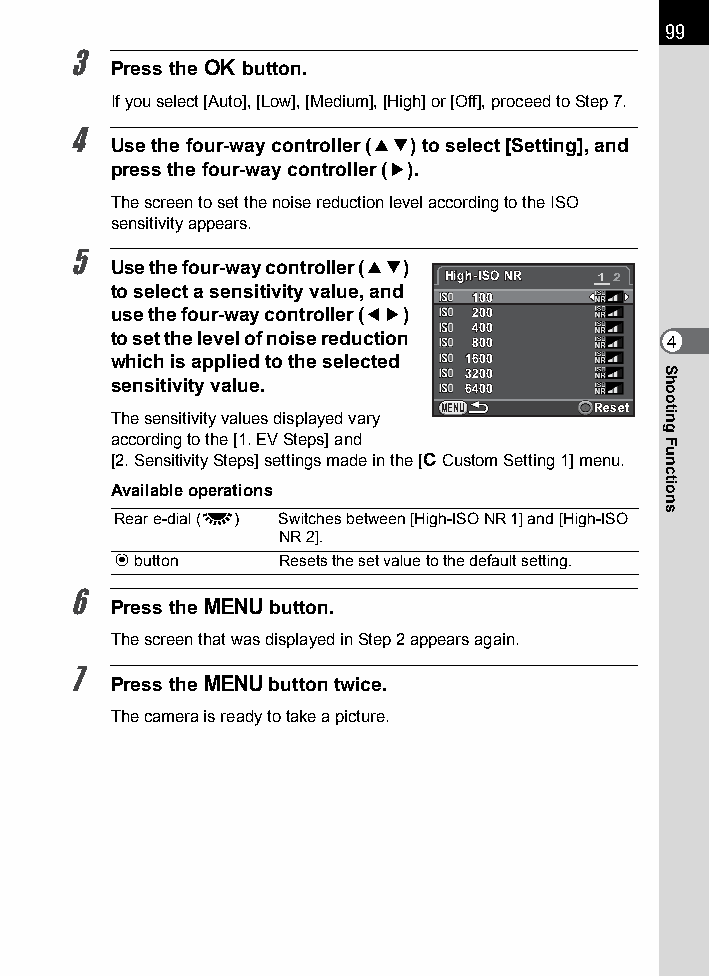
99
 3
 Press the 4 button.
 If you select [Auto], [Low], [Medium], [High] or [Off], proceed to Step 7.
 4
 Use the four-way controller (23) to select [Setting], and
 press the four-way controller (5).
 The screen to set the noise reduction level according to the ISO
 sensitivity appears.
 5
 Use the four-way controller (23)
 HHiigghh--IISSOO NNRR 1 2
 to select a sensitivity value, and
 110000
 use the four-way controller (45) 220000
 440000
 to set the level of noise reduction 880000 4
 which is applied to the selected 11660000
 33220000
 sensitivity value.      66440000
 MENU      RReesseett
 The sensitivity values displayed vary
 according to the [1. EV Steps] and
 [2. Sensitivity Steps] settings made in the [A Custom Setting 1] menu.
 Available operations
 Rear e-dial (S) Switches between [High-ISO NR 1] and [High-ISO
 NR 2].
 d button   Resets the set value to the default setting.
 6
 Press the 3 button.
 The screen that was displayed in Step 2 appears again.
 7
 Press the 3 button twice.
 The camera is ready to take a picture.
 Shooting
 Functions